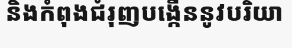
និងកំពុងជំរុញបង្កើននូវបរិយា